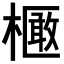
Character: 𣝽